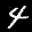
Label: 4